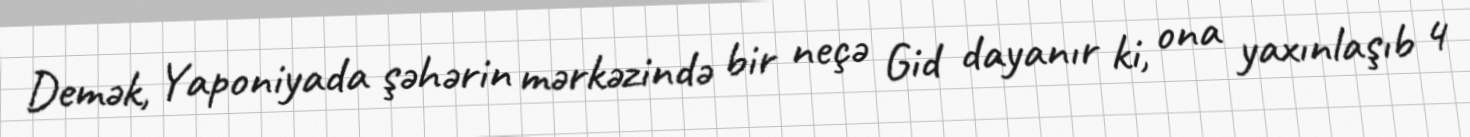
Demək, Yaponiyada şəhərin mərkəzində bir neçə Gid dayanır ki, ona yaxınlaşıb 4